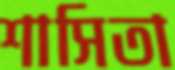
শাসিতা